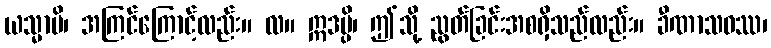
ယသ္မာပိ၊ အကြင်ကြောင့်လည်း။ လ။ ဣဒမ္ပိ၊ ဤသို့ ညွတ်ခြင်းအစရှိသည်လည်း။ ခီဏာသဝဿ၊